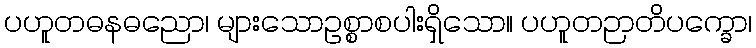
ပဟူတဓနဓညော၊ များသောဥစ္စာစပါးရှိသော။ ပဟူတဉာတိပက္ခော၊